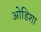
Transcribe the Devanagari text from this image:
ओडिशा